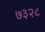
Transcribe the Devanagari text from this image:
७३२८